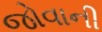
જોવાની